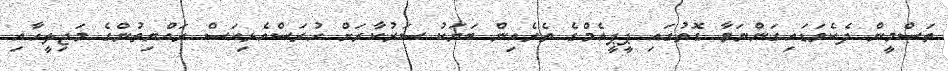
ތަސްމީން ދެކެވަޑައިގަންނަވާ ގޮތުގައި ޕީޕީއެމްގެ ތެރެއިން ބަޔަކު ސަރުކާރަށް ހުރަސްއެޅިއަސް ރައްޔިތުންގެ މަޖިލީހާއި